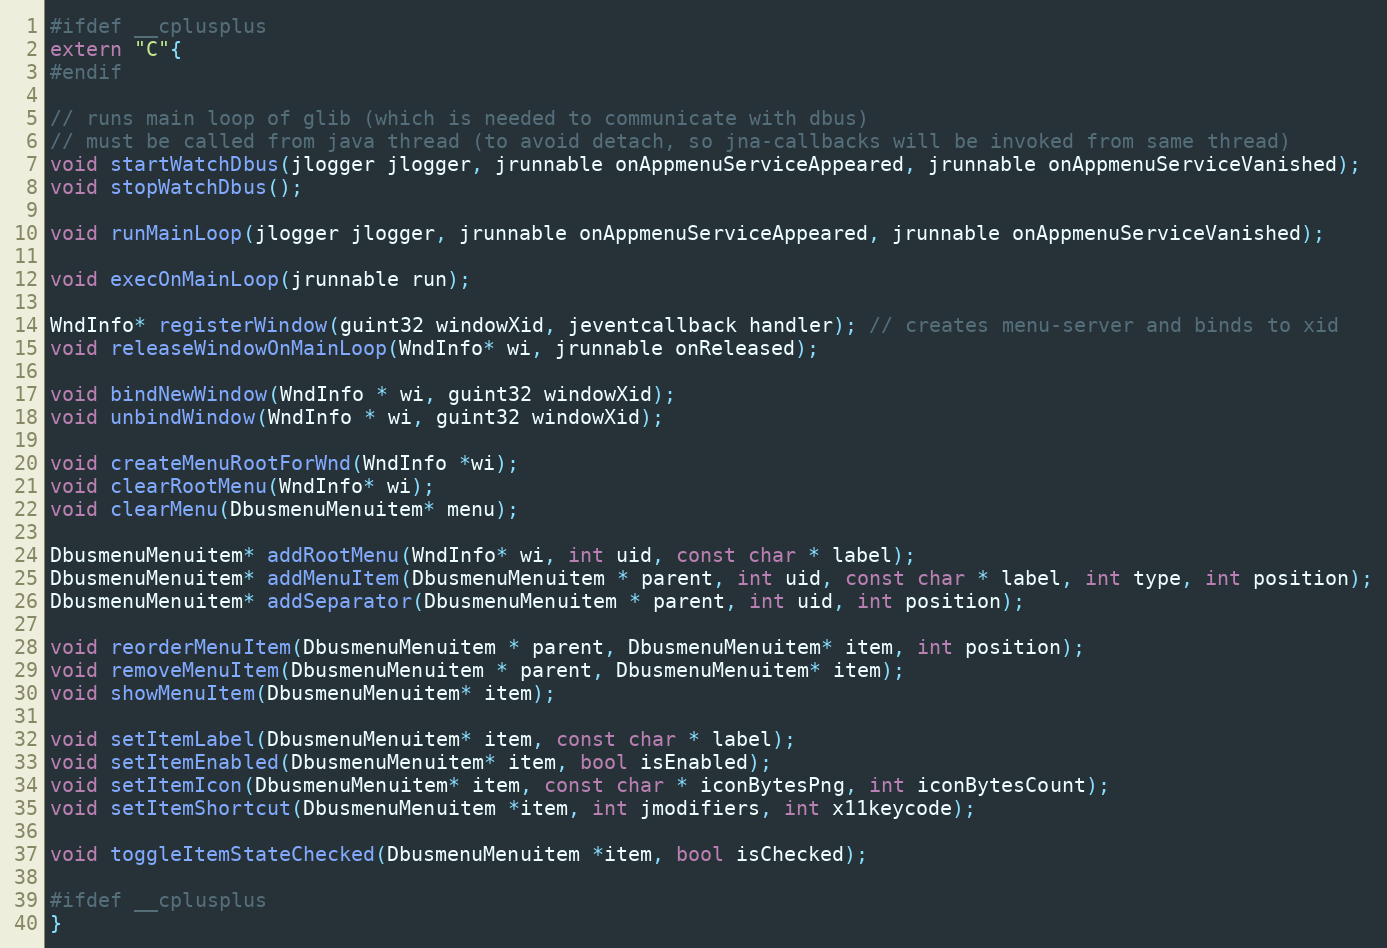
Language: C
#ifdef __cplusplus
extern "C"{
#endif

// runs main loop of glib (which is needed to communicate with dbus)
// must be called from java thread (to avoid detach, so jna-callbacks will be invoked from same thread)
void startWatchDbus(jlogger jlogger, jrunnable onAppmenuServiceAppeared, jrunnable onAppmenuServiceVanished);
void stopWatchDbus();

void runMainLoop(jlogger jlogger, jrunnable onAppmenuServiceAppeared, jrunnable onAppmenuServiceVanished);

void execOnMainLoop(jrunnable run);

WndInfo* registerWindow(guint32 windowXid, jeventcallback handler); // creates menu-server and binds to xid
void releaseWindowOnMainLoop(WndInfo* wi, jrunnable onReleased);

void bindNewWindow(WndInfo * wi, guint32 windowXid);
void unbindWindow(WndInfo * wi, guint32 windowXid);

void createMenuRootForWnd(WndInfo *wi);
void clearRootMenu(WndInfo* wi);
void clearMenu(DbusmenuMenuitem* menu);

DbusmenuMenuitem* addRootMenu(WndInfo* wi, int uid, const char * label);
DbusmenuMenuitem* addMenuItem(DbusmenuMenuitem * parent, int uid, const char * label, int type, int position);
DbusmenuMenuitem* addSeparator(DbusmenuMenuitem * parent, int uid, int position);

void reorderMenuItem(DbusmenuMenuitem * parent, DbusmenuMenuitem* item, int position);
void removeMenuItem(DbusmenuMenuitem * parent, DbusmenuMenuitem* item);
void showMenuItem(DbusmenuMenuitem* item);

void setItemLabel(DbusmenuMenuitem* item, const char * label);
void setItemEnabled(DbusmenuMenuitem* item, bool isEnabled);
void setItemIcon(DbusmenuMenuitem* item, const char * iconBytesPng, int iconBytesCount);
void setItemShortcut(DbusmenuMenuitem *item, int jmodifiers, int x11keycode);

void toggleItemStateChecked(DbusmenuMenuitem *item, bool isChecked);

#ifdef __cplusplus
}